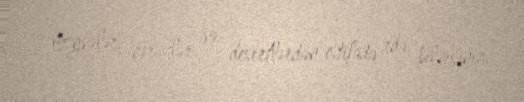
meyvələr, çərəzlər və desertlərdən istifadə edə bilərsiniz.